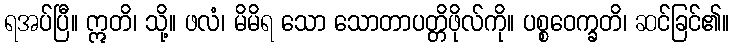
ရအပ်ပြီ။ ဣတိ၊ သို့။ ဖလံ၊ မိမိရ သော သောတာပတ္တိဖိုလ်ကို။ ပစ္စဝေက္ခတိ၊ ဆင်ခြင်၏။